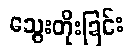
သွေးတိုးခြင်း